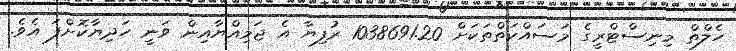
ހެލްތް މިނިސްޓްރީގެ މަސައްކަތްތަކަށް 1038691.20 ރުފިޔާ އެ ޖަމިއްޔާއިން ވަނީ ހަދިޔާކޮށްފަ އެވެ.